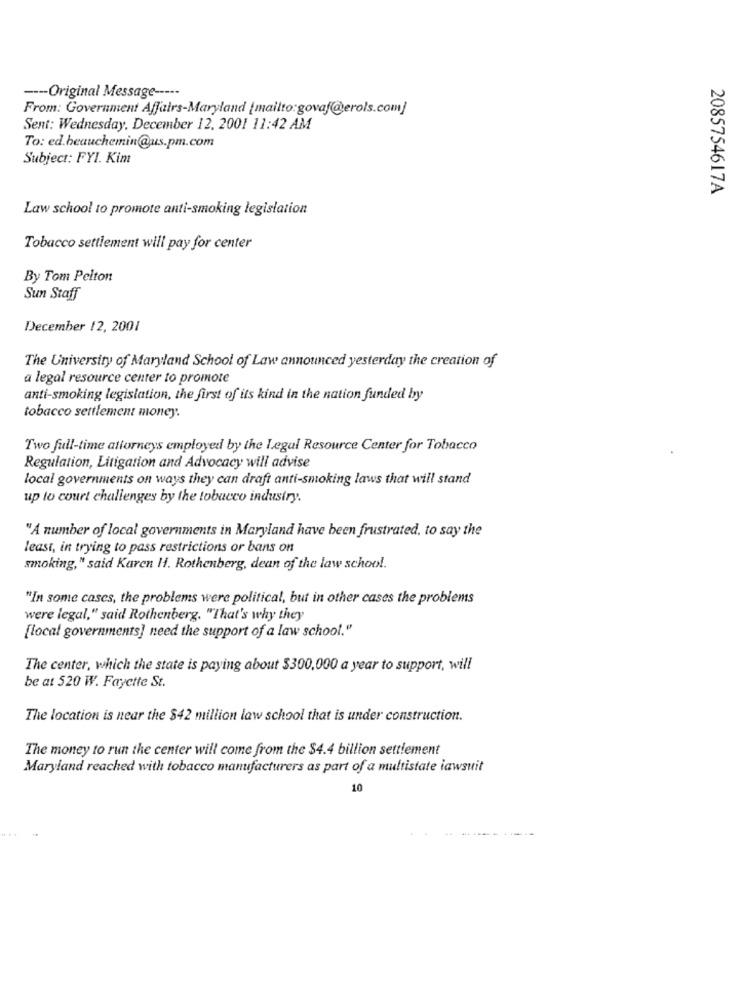
---- Original Message -----
From: Government Affairs-Maryland [mailto:govaf@erols.com]
Sent: Wednesday, December 12, 2001 11:42 AM
To: ed.beauchemin@us.pm.com
Subject: FYI. Kim
2085754617A
Law school to promote anti-smoking legislation
Tobacco settlement will pay for center
By Tom Pelton
Sun Staff
December 12, 2001
The University of Maryland School of Law announced yesterday the creation of
a legal resource center to promote
anti-smoking legislation, the first of its kind in the nation funded by
tobacco settlement money.
Two full-time attorneys employed by the Legal Resource Center for Tobacco
Regulation, Litigation and Advocacy will advise
local governments on ways they can draft anti-smoking laws that will stand
up to court challenges by the tobacco industry.
"A number of local governments in Maryland have been frustrated, to say the
least, in trying to pass restrictions or bans on
smoking," said Karen H. Rothenberg, dean of the law school.
"In some cases, the problems were political, but in other cases the problems
were legal," said Rothenberg. "That's why they
[local governments] need the support of a law school."
The center, which the state is paying about $300,000 a year to support, will
be at 520 W. Fayette St.
The location is near the $42 million law school that is under construction.
The money to run the center will come from the $4.4 billion settlement
Maryland reached with tobacco manufacturers as part of a multistate lawsuit
10
--